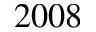
2 0 0 8